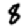
Digit: 8